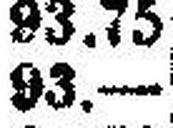
93.—